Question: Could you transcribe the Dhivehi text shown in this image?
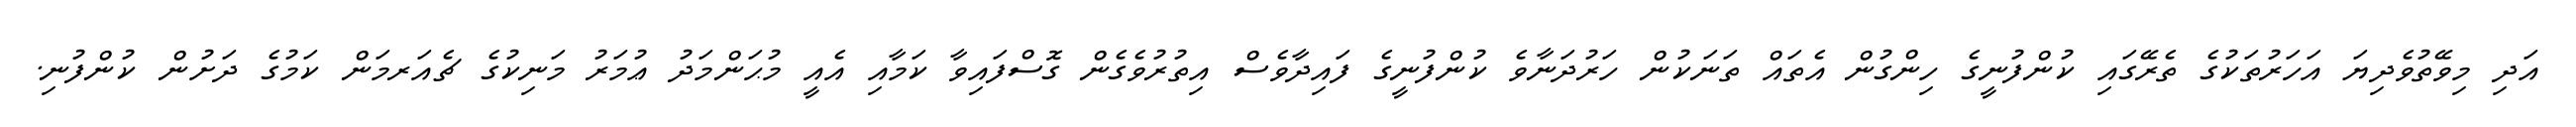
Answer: އަދި މިވޭތުވެދިޔަ އަހަރުތަކުގެ ތެރޭގައި ކުންފުނީގެ ހިންގުން އެތައް ތަނަކުން ހަރުދަނާވެ ކުންފުނީގެ ފައިދާވެސް އިތުރުވެގެން ގޮސްފައިވާ ކަމާއި އެއީ މުޙަންމަދު ޢުމަރު މަނިކުގެ ޗެއަރމަން ކަމުގެ ދަށުން ކުންފުނި.